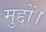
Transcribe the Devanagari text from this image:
मुद्दों।